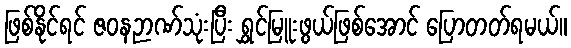
ဖြစ်နိုင်ရင် ဇဝနဉာဏ်သုံးပြီး ရွှင်မြူးဖွယ်ဖြစ်အောင် ပြောတတ်ရမယ်။